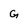
Character: G